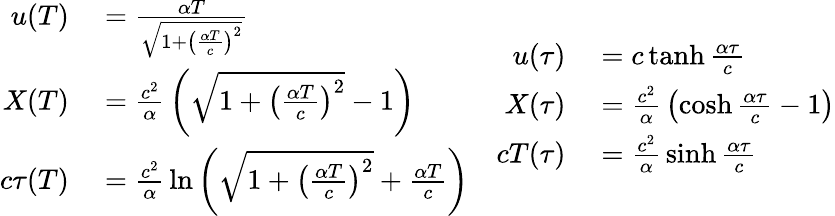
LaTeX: \begin{array}{cc}{{\begin{array}{rl}{u(T)}&{{}={\frac{\alpha T}{\sqrt{1+\left({\frac{\alpha T}{c}}\right)^{2}}}}}\\ {X(T)}&{{}={\frac{c^{2}}{\alpha}}\left({\sqrt{1+\left({\frac{\alpha T}{c}}\right)^{2}}}-1\right)}\\ {c\tau(T)}&{{}={\frac{c^{2}}{\alpha}}\ln\left({\sqrt{1+\left({\frac{\alpha T}{c}}\right)^{2}}}+{\frac{\alpha T}{c}}\right)}\end{array}}}&{{\begin{array}{rl}{u(\tau)}&{{}=c\operatorname{tanh}{\frac{\alpha\tau}{c}}}\\ {X(\tau)}&{{}={\frac{c^{2}}{\alpha}}\left(\cosh{\frac{\alpha\tau}{c}}-1\right)}\\ {cT(\tau)}&{{}={\frac{c^{2}}{\alpha}}\sinh{\frac{\alpha\tau}{c}}}\end{array}}}\end{array}